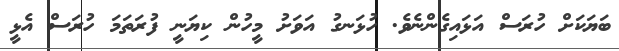
ބަޔަކަށް ހުރަސް އަޅައިގެންނެވެ. ހުޅަނގު އަވަށު މީހުން ކިޔަނީ ފުރަތަމަ ހުރަސް އެޅީ